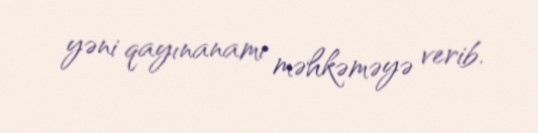
yəni qayınanamı məhkəməyə verib.